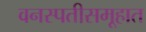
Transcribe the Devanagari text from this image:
वनस्पतीसमूहात